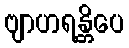
ဗျာဟရန္တိပေ